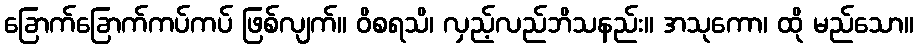
ခြောက်ခြောက်ကပ်ကပ် ဖြစ်လျက်။ ဝိစရသိ၊ လှည့်လည်ဘိသနည်း။ အသုကော၊ ထို မည်သော။